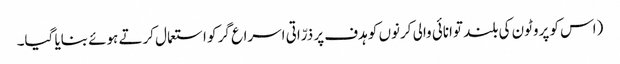
(اس کو پروٹون کی بلند توانائی والی کرنوں کو ہدف پر ذرّاتی اسراع گر کو استعمال کرتے ہوئے بنایا گیا۔